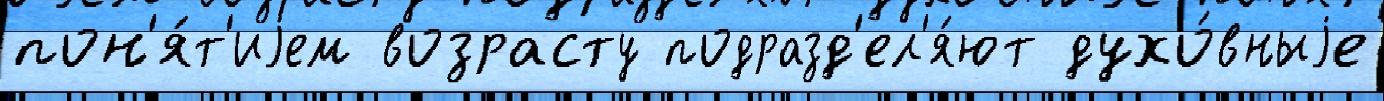
пон'я́т'иjем возрасту подразд'ел'я́ют духо́вныjе